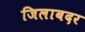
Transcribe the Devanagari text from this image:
जिलाबदर